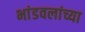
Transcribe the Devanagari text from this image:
भांडवलांच्या